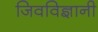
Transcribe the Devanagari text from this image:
जिवविज्ञानी